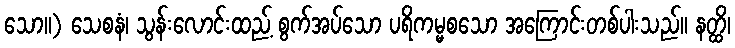
သော။) သေစနံ၊ သွန်းလောင်းထည့် စွက်အပ်သော ပရိကမ္မစသော အကြောင်းတစ်ပါးသည်။ နတ္ထိ၊